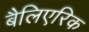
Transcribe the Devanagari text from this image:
बैलिएरिक